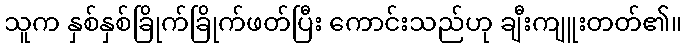
သူက နှစ်နှစ်ခြိုက်ခြိုက်ဖတ်ပြီး ကောင်းသည်ဟု ချီးကျူးတတ်၏။